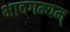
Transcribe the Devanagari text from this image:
भावगम्यम्